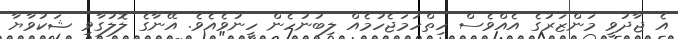
އެ ޖާދުވީ މަންޒަރުގެ އެއްވެސް ހިތްހަމަޖެހުމެއް ލިބުނުހެން ހީނުވެއެވެ. އޭނާގެ ލޮލުގާވި ޝަކުވާޔާ